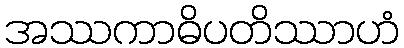
အဿကာဓိပတိဿာဟံ